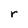
Character: r